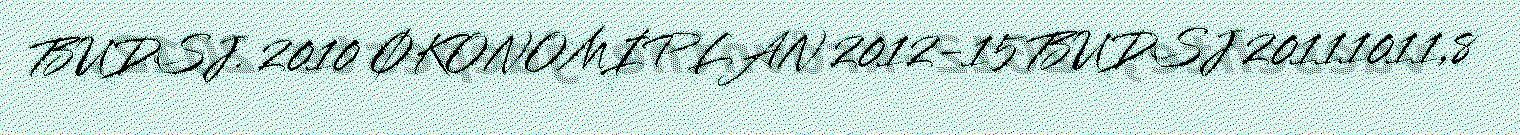
BUDSJ. 2010 ØKONOMIPLAN 2012-15 BUDSJ 20111011,8